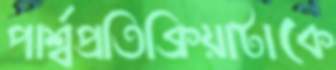
পার্শ্বপ্রতিক্রিয়াটাকে